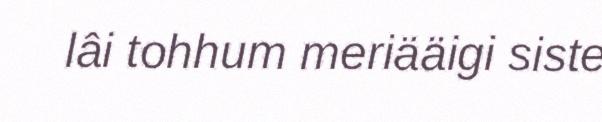
lâi tohhum meriääigi siste